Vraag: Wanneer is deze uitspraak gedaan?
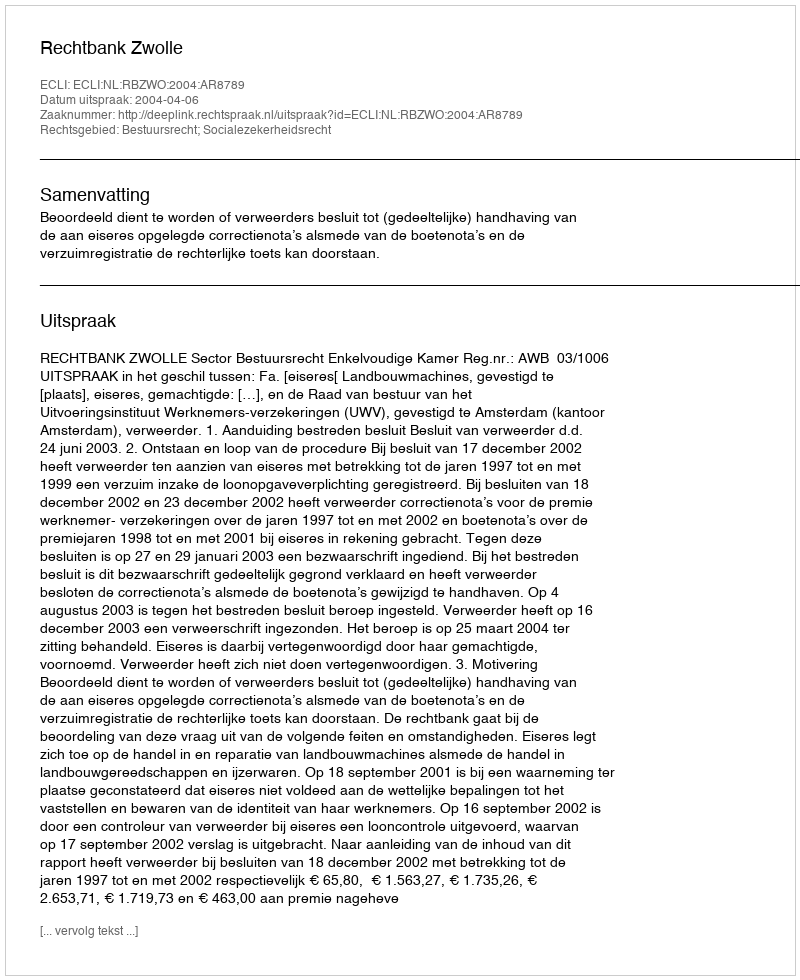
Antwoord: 2004-04-06